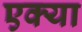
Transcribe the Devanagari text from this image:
एक्या